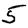
Digit: 5